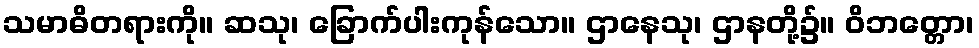
သမာဓိတရားကို။ ဆသု၊ ခြောက်ပါးကုန်သော။ ဌာနေသု၊ ဌာနတို့၌။ ဝိဘတ္တော၊